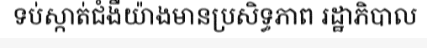
ទប់ស្កាត់ជំងឺយ៉ាងមានប្រសិទ្ធភាព រដ្ឋាភិបាល